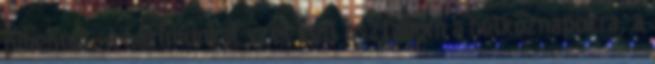
pihenést. A házimunkát szét kell osztanom a hétköznapokra, a